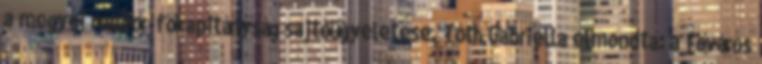
a megyei rendőr-főkapitányság sajtóügyeletese. Tóth Gabriella elmondta: a főváros